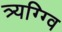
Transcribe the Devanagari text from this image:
त्र्यग्ग्वि